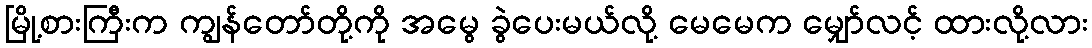
မြို့စားကြီးက ကျွန်တော်တို့ကို အမွေ ခွဲပေးမယ်လို့ မေမေက မျှော်လင့် ထားလို့လား